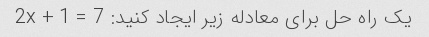
یک راه حل برای معادله زیر ایجاد کنید: 2x + 1 = 7